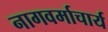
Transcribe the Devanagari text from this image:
नागवर्माचार्य